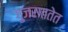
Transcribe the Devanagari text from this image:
गुजराततेत